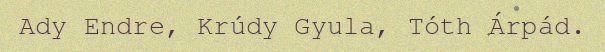
Ady Endre, Krúdy Gyula, Tóth Árpád.